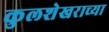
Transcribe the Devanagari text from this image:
कुलशेखराच्या